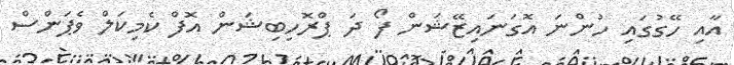
އާއި ހޭގުގައި ހުންނަ އޮގަނައިޒޭޝަން ފޯ ދަ ޕްރޮހިބިޝަން އޮފް ކެމިކަލް ވެޕަންސް